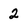
Character: 2